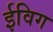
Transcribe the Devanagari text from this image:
ईविग